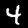
Label: 4